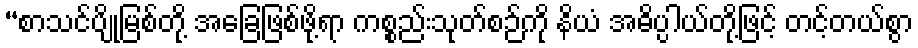
“စာသင်ပျိုမြစ်တို့ အခြေဖြစ်ဖို့ရာ ကစ္စည်းသုတ်စဉ်ကို နိယံ အဓိပ္ပါယ်တို့ဖြင့် တင့်တယ်စွာ